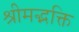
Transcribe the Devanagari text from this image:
श्रीमद्भक्ति